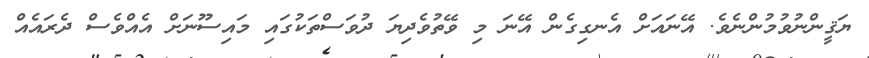
ޔަޤީންނުވުމުންނެވެ. އޭނައަށް އެނގިގެން އޭނަ މި ވޭތުވެދިޔަ ދުވަސްތަކުގައި މައިސޫނަށް އެއްވެސް ދެރައެއް